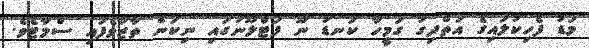
މަޑު ފެހިކުލައިގެ އަތްދިގު ގަމީހާ ކަނޑު ނޫ ފަޓްލޫނުގައި ނިކަން ތާޒާވެފައި ސްމާޓެވެ.